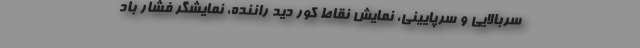
سربالایی و سرپایینی، نمایش نقاط کور دید راننده، نمایشگر فشار باد